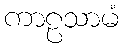
ကာဠသာမံ